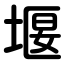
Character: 堰